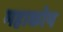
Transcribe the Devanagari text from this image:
महाकोष